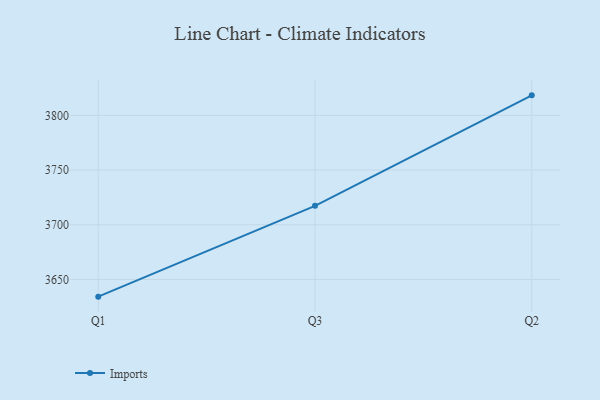
{"axis": {"x": "Quarter", "y": "Operating Costs (USD K)"}, "legend": ["Imports"], "data": [{"x": "Q1", "y": 3634.3, "type": "Imports"}, {"x": "Q3", "y": 3717.3, "type": "Imports"}, {"x": "Q2", "y": 3818.3, "type": "Imports"}]}